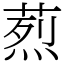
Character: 𦶣